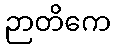
ဉာတိကေ